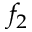
f _ { 2 }